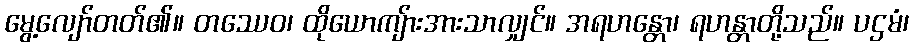
မွေ့လျော်တတ်၏။ တဿေဝ၊ ထိုယောကျ်ားအားသာလျှင်။ အရဟန္တော၊ ရဟန္တာတို့သည်။ ပဌမံ၊